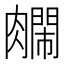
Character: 𫆺